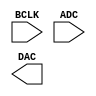
module TEST (
				BCLK,
				ADC,
				DAC
			 );
//=======================================================
input	           BCLK;
input            ADC;

reg  			     tmp;
output	        DAC;

always@(negedge BCLK)
begin
tmp = ADC;
  if (ADC == 1)
     tmp <= tmp + ADC;
  else
	  tmp <= ADC + tmp;
  tmp <= DAC;
end
endmodule